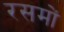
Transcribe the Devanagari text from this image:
रसमों